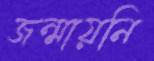
জন্মায়নি